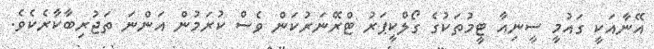
އޭނާއަކީ ގައުމީ ސީނިއާ ޓީމުތަކުގެ ގޯލްކީޕަރު ޓްރޭނަރުކަން ވެސް ކުރަމުން އަންނަ ތަޖުރިބާކާރެކެވެ.